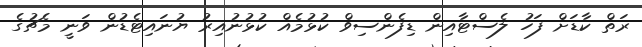
ރަތް ކާޑަށް ފަހު ލެސްޓާއިން ޑިފެންސިވް ކުޅުމެއް ކުޅުނުއިރު ޔުނައިޓެޑުން ވަނީ މެޗުގެ